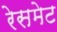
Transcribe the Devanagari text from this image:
रेसमेट